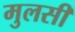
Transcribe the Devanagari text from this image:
मुलसी